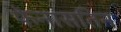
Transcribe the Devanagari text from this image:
फेनासतिन